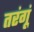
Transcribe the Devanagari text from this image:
तरंगूं